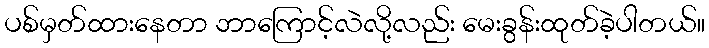
ပစ်မှတ်ထားနေတာ ဘာကြောင့်လဲလို့လည်း မေးခွန်းထုတ်ခဲ့ပါတယ်။